Vital statistics of India. Vol. VI, European troops 1870-79
Year: 1870
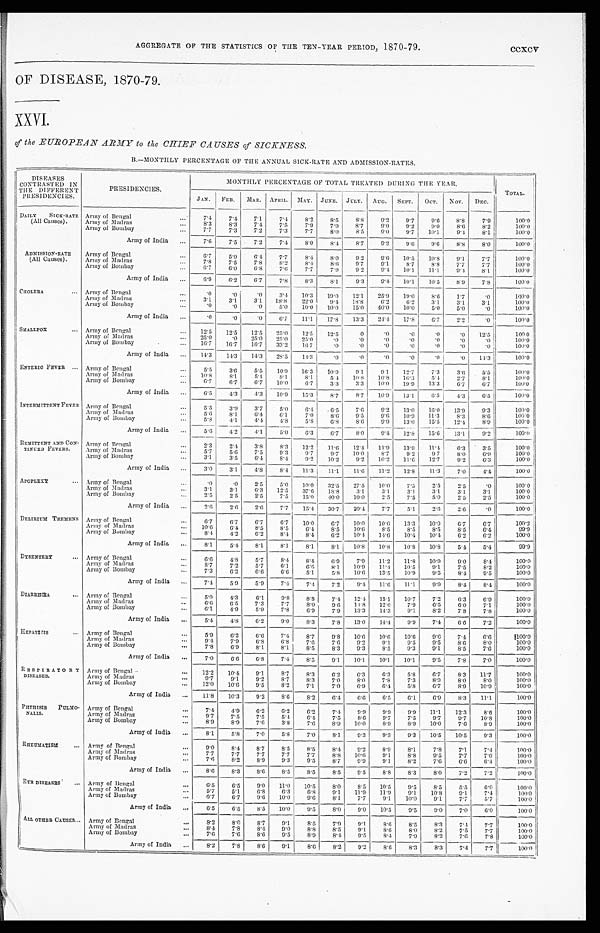
AGGREGATE OF THE STATISTICS OF THE TEN-YEAR PERIOD, 1870-79.
ccxcv
OF DISEASE, 1870-79.
XXVI.
of the EUROPEAN ARMY to the CHIEF CAUSES of SICKNESS.
B.—MONTHLY PERCENTAGE OF THE ANNUAL SICK-RATE AND ADMISSION-RATES.
DISEASES
C O N T R A S T E D I N
THE DIFFERENT
PRESIDENCIES.
PRESIDENCIES.
MONTHLY PERCENTAGE OF TOTAL TREATED DURING THE YEAR
.
TOTAL.
J AN.
FEB. MAR. APRIL. MAY. JUNE. JULY. AUG. SEPT.OCT.
NOV.
D E C .
DAILY SICK-RATE
(All Causes).
Army of Bengal
...
7 . 4 7.4
7.1
7.4
8.2
8. 5
8.8
9 . 2
9.7
9. 6
8.8
7.9
100.0
Army of Madras
...
8 . 3
8.3
7.4
7 . 5
7.9
7.9
8.7
9.0
9.2
9.0
8.6
8.2
100.0
Army of Bombay
...
7.7
7.3
7.2
7.3
7.7
8.0
8.5
9.0
9.7
10. 1
9.4
8.1
100.0
Army of India ...
7.6
7.5
7.2
7.4
8.0
8.4
8.7
9.2
9 . 6
9.6
8.8
8.0
100.0
ADMISSION-RATE
(All Causes).
Army of Bengal
...
6.7
5.9
6.4
7.7
8.4
8.0
9.2
9 . 6 10.5
10.8
9.1
7.7
100.0
Army of Madras
...
7.8
7.5
7.8
8.2
8.4
8. 6
9.7
9.1
8.7
8.8
7.7
7.7
100.0
Army of Bombay
...
6.7
6.0
6.8
7.6
7.7
7. 9
9.2
9 . 4 10. 1
11.1
9 . 4
8.1
100.0
Army of India ...
6.9
6. 2
6.7
7.8
8.3
8.1
9.3
9.4 10.1
10.5
8.9
7.8
100.0
CHOLERA
... Army of Bengal
...
.0
. 0
. 0 3.4 10.3
1 9 . 0
12.1
25.9
19.0
8.6
1.7
. 0
100.0
Army of Madras
...
3.1
3.1
3.1 18.8
22.0
9 . 4
18.8
6 . 2
6.2
3. 1.
3.1
3.1
100.0
Army of Bombay
...
.0
. 0
. 0 5.0
10.0
10.0
15.0 40.0 10.0
5.0
5.0
. 0
100.0
Army of India ...
.0
. 0
. 0 6.7
11.1
17.8
13.3
24.4 17.8
6.7
2.2
. 0
100.0
SMALLPOX ... Army of Bengal
... 12.5
12.5 12.5 25.0
12.5 12.5
. 0
. 0
.0
.0
.0
12.5
1 0 0 . 0
Army of Madras
... 25.0
. 0 25.0 25.0
25.0
.0
. 0
. 0
.0
.0
.0
. 0
1 0 0 . 0
Army of Bombay
...
16.7
16.7
16.7
33.2
16.7
.0
. 0
. 0
.0
.0
.0
. 0
100.0
Army of India ... 14.3
14.3
14.3 28.5
14.3
. 0
. 0
. 0
.0
.0
.0
14. 3
100.0
ENTERIC FEVER ... Army of Bengal
...
5.5
3.6
5.5
10.9
16.3
10.9
9.1
9 . 1 12.7
7.3
3.6
5.5
100.0
Army of Madras
... 10.8
8 . 1
5.4
8.1
8.1
5. 4
10.8
10.8 16.3
5. 4
2.7
8.1
100.0
Army of Bombay
...
6.7
6.7
6.7 10.0
6. 7
3.3
3.3
10.0 19.9
13.3
6.7
6.7
100. 0
Army of India ...
6.5
4.3
4.3 10.9
15.3
8.7
8. 7 10.9
13. 1
6 . 5 4.3
6.5
100.0
INTERMITTENT FEVER Army of Bengal
...
5 . 5 3.9
3.7
5.0
6.4
6.5
7.6
9.2 13.0
16.0
13.9
9.3
100.0
Army of Madras
...
5.6
8.1
6.4
6.1
7.0
8.6
9.5
9 . 6 10. 9
11.3
8.3
8.6
100.0
Army of Bombay
...
5.8
4.1 4.4
4.8
5.8
6.8
8.6
9 . 9 13.0
15.5
12.4
8.9
100.0
Army of India ...
5. 6
4.2
4.1
5.0
6.3
6.7
8.0
9.4
12. 8
15.6
13.1
9.2
100.0
REMITTENT AND CON-
TINUED FEVERS.
Army of Bengal
...
2.3
2.4
3.8
8.3
12.2
11.6
12.4 11.9 13.9
11.4
6.3
3.5
100.0
Army of Madras
...
5.7
5.6
7.5
9.3
9.7
9.7
10.0
8.7
9.2
9 7
8.0
6.9
100.0
Army of Bombay
...
3.1
3.5
6.4
8.4
9.2
10.2
9.2 10.2 11.6 12.7
9.2
6.3
100.0
Army of India ...
3.0
3.1
4.8
8.4 11.3
11.1
11.6
11.2 12.8
11.3
7.0
4.4
100.0
APOPLEXY
... Army of Bengal
...
.0
. 0 2.5
5.0
10.0
32.5
27.5
10.0
7.5
2. 5
2.5
. 0 100.0
Army of Madras
...
3.1
3.1
6.3 12.5
37.6
18.8
3.1
3.1
3.1
3. 1
3.1
3.1.
100.0
Army of Bombay
...
2.5
2.5
2.5
7.5
15.0 40.0
10.0
2.5
7.5
5.0
2.5
2.5
100.0
Army of India ...
2. 6
2.6
2.6
7.7
15.4
30.7
20.4
7.7
5.1
2. 6
2.6
. 0 100.0
DELIRIUM TREMENS Army of Bengal
...
6.7
6.7
6.7
6.7
10.0
6.7
10.0
10.0
13.3
10.0
6.7
6.7
100.2
Army of Madras
... 10.6
6.4
8.5
8.5
6.4
8.5
10.6
8.5
8.5
8.5
8.5
6.4
99.9
Army of Bombay
...
8.4
4.2
6.2
8.4
8.4
6.2
10.4 14.6
10.4
10.4
6.2
6 . 2
100.0
Army of India ...
8.1
5.4
8.1
8.1
8.1
8.1
10.8
10.8
10.8
10.8
5.4
5.4
99.9
DYSENTERY ... Army of Bengal
...
6.6
4.8
5.7
8.4
8.4.
6.9
7.9
11.2
11.8
10.9
9.0
8.4
100.0
Army of Madras
...
8.7
7.2
5 . 7
6.1
6.6
8. 1
10.9
11.4 10.5
9.1
7.5
8.2
100.0
Army of Bombay
...
7.3
6.2
6.6
6.6
5.1
5.8 10.6 13.5
10.9
9.5
8.4
9.5
100.0
Army of India ...
7.4
5.9
5 . 9
7.4
7.4
7.2
9.4 11.6 11. 1
9.9
8.4
8.4
100.0
DIARRHŒA
... Army of Bengal
...
5.0
4.3
6.1
9.8
8.8
7.4
12.4 15.1 10.7
7.2
6.3
6.9
100.0
Army of Madras
...
6. 6
6.5
7.3
7.7
8.0
9.6 14.8
12.0
7.9
6.5
6.0
7.1
100.0
Army of Bombay
6.1
4 . 9 5.9
7.8
6.9
7.9 13.3
14.3
9.1
8.2
7.8
7.8
100.0
Army of India ...
5.4
4.8
6.2
9.0
8.3
7.8
13.0
14.4
9.9
7.4
6.6
7.2
100.0
HEPATITIS
... Army of Bengal
. . .
5.9
6.2
6.6
7.4
8.7
9.8 10.6
10.6
10.6
9.6
7.4
6.6
100.0
Army of Madras
...
9.4
7.9
6.8
6.8
7.6
7.6
9.2
9 . 1
9.5
9.5
8.6
8.0
100.0
Army of Bombay
...
7.8
6.9
8.1
8.1
8.5
8.3
9.3
8.5
9.3
9.1
8.5
7.6
100.0
Army of India
. . .
7.0
6.6
6.8
7.4
8.5
9.1
10.1
10.1
10.1
9.5
7.8
7.0
100.0
RESPIRATORY
DISEASES.
Army of Bengal
. . . 12.2
10.4
9.1
8.7
8.3
6.2
6.3
6.3
5.8
6.7
8.3 11.7
100.0
Army of Madras
. . .
9.7
9.1
9.2
8.7
8.3
7.0
8.0
7.8
7.3
8.9
8.0
8.0
100.0
Army of Bombay
. . . 12.0
10.6
9.5
8.2
7.1
7.0
6.9
6.4
5.8
6.7
8.9
10.9
100.0
Army of India
. . . 11.8
10.3
9.2
8.6
8.2
6.4
6.6
6.5
6.1
6.9
8.3
11.1
100.0
PHTHISIS PULMO-
NALIS.
Army of Bengal
. . .
7.4
4.9
6.2
6.2
6.2
7.4
9.9
9.9
9.9 11.1
12.3
8.6
100.0
Army of Madras
. . .
9.7
7.5
7.5
5.4
6.4
7.5
8.6
9.7
7.5
9.7
9.7
10.8
100.0
Army of Bombay
. . .
8.9
8.9
7.6
3.8
7.6
8.9
10.0
8.9
8.9 10.0
7.6
8.9
100.0
Army of India
. . .
8.1
5.8
7.0
5 . 8
7.0
8.1
9.3
9.3
9.3
10.5
10.5
9.3
100.0
RHEUMATISM ... Army of Bengal
. . .
9.0
8.4
8.7
8.5
8.5
8.4
9.2
8.9
8.1
7.8
7.1
7.4
100.0
Army of Madras
. . .
7.7
7.7
7.7
7.7
7.7
8.8 10.6
9.1
8.8
9.5
7.7
7.0
100.0
Army of Bombay
. . .
7.6
8.2
8.9
9.3
9.5
8.7
9.9
9.1
8.2
7.6
6.6
6.4
100.0
Army of India
. . .
8.6
8.3
8.6
8.5
8.5
8 . 8 9.5
8.8
8.3
8.0
7.2
7.2
100.0
EYE DISEASES
... Army of Bengal
. . .
6 . 5 6.5
9.0 11.0
10.5
8.0
8.5
10.5
9.5
8.5
5.5
6.0
100.0
Army of Madras
. . .
5.7
5.1
6.8
6.3
6 . 8
9.1
11.9
11.9
9.1 10.8
9.1
7.4
100. 0
Army of Bombay
. . .
6.7
6.7
9.6 10.0
9.6
8.1
7.7
9.1
10.0
9.1
7.7
5 . 7 100.0
Army of India
. . .
6.5
6.5
8.5 10.0
9.5
8.0
0.0
10.5
9.5
9.0
7.0
6.0
100.0
ALL OTHER CAUSES ... Army of Bengal
. . .
8.2
8.0
8.7
9.1
8.5
7.9
9.1
8.6
8.5
8.3
7.4
7.7
100.0
Army of Madras
. . .
8.4
7.8
8.4
9.0
8.8
8.5
9.1
8.6
8.0
8.2
7.5
7.7
100.0
Army of Bombay
. . .
7.6
7.6
8.6
9.5
8.9
8.4
9.5
8.4
7.9
8.2
7.6
7.8
100.0
Army of India
. . .
8.2
7.8
8.6
9.1
8.6
8.2
9.2
8.6
8.3
8.3
7.4
7.7
100.0